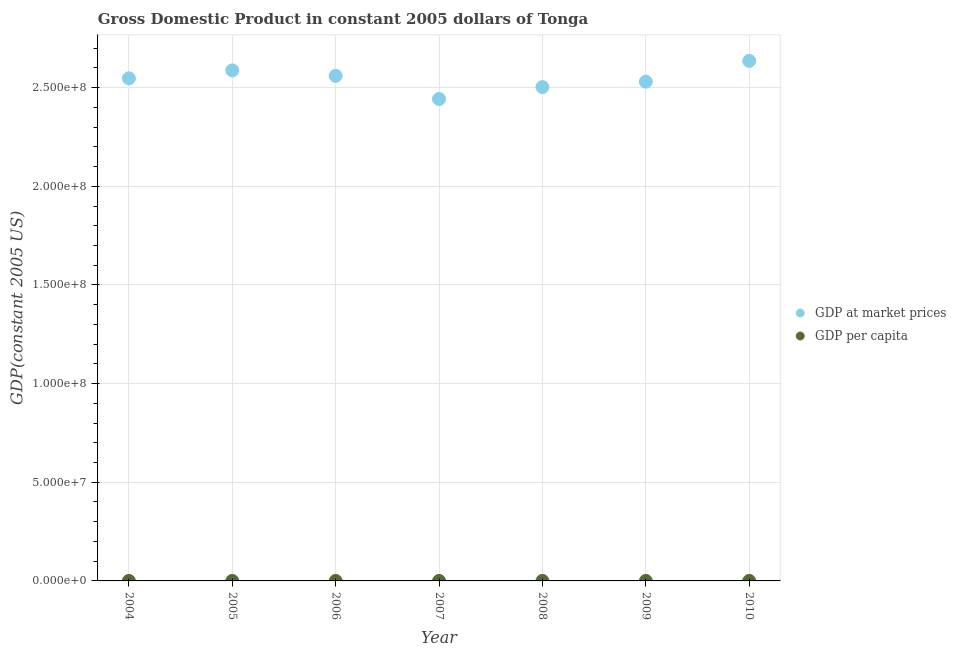
| Year | GDP at market prices | GDP per capita |
 | --- | --- | --- |
 | 2004 | 2.55e+08 | 2.54e+03 |
 | 2005 | 2.59e+08 | 2.57e+03 |
 | 2006 | 2.56e+08 | 2.52e+03 |
 | 2007 | 2.44e+08 | 2.39e+03 |
 | 2008 | 2.5e+08 | 2.43e+03 |
 | 2009 | 2.53e+08 | 2.45e+03 |
 | 2010 | 2.64e+08 | 2.54e+03 |